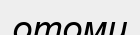
отоми